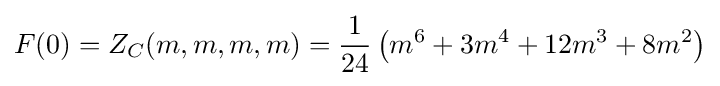
F(0)=Z_{C}(m,m,m,m)={\frac {1}{24}}\left(m^{6}+3m^{4}+12m^{3}+8m^{2}\right)